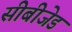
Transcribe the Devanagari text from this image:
सीबीजेड